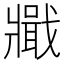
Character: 𤖞